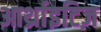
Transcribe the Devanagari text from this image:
आर्थ्राइटिज़